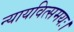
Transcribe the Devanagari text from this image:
न्यायवित्समयः।